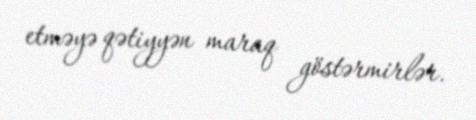
etməyə qətiyyən maraq göstərmirlər.